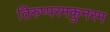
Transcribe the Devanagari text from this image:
तिरुप्परमकुनरम